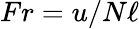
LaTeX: Fr=u/N\ell